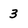
Character: 3